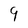
Character: 9